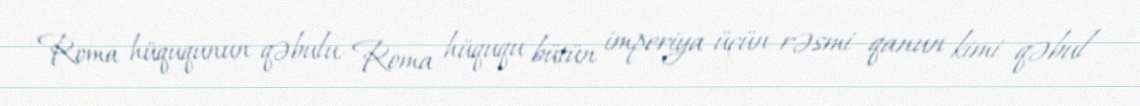
Roma hüququnun qəbulu: Roma hüququ bütün imperiya üçün rəsmi qanun kimi qəbul